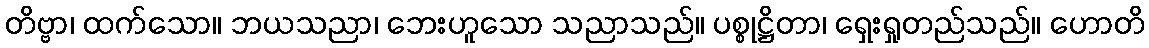
တိဗ္ဗာ၊ ထက်သော။ ဘယသညာ၊ ဘေးဟူသော သညာသည်။ ပစ္စုဋ္ဌိတာ၊ ရှေးရှုတည်သည်။ ဟောတိ